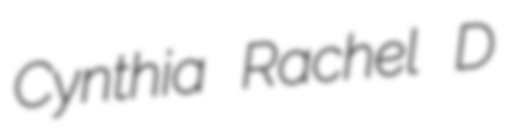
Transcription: Cynthia Rachel D